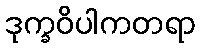
ဒုက္ခဝိပါကတရာ